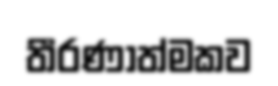
තීරණාත්මකව